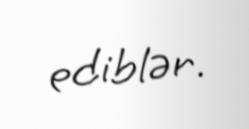
ediblər.